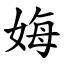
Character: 娒